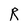
Character: R